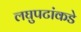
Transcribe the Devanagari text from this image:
लघुपटांकडे